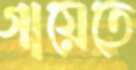
গায়েতে